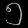
Digit: ၅